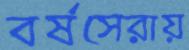
বর্ষসেরায়